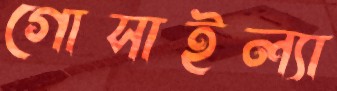
গোসাইল্যা